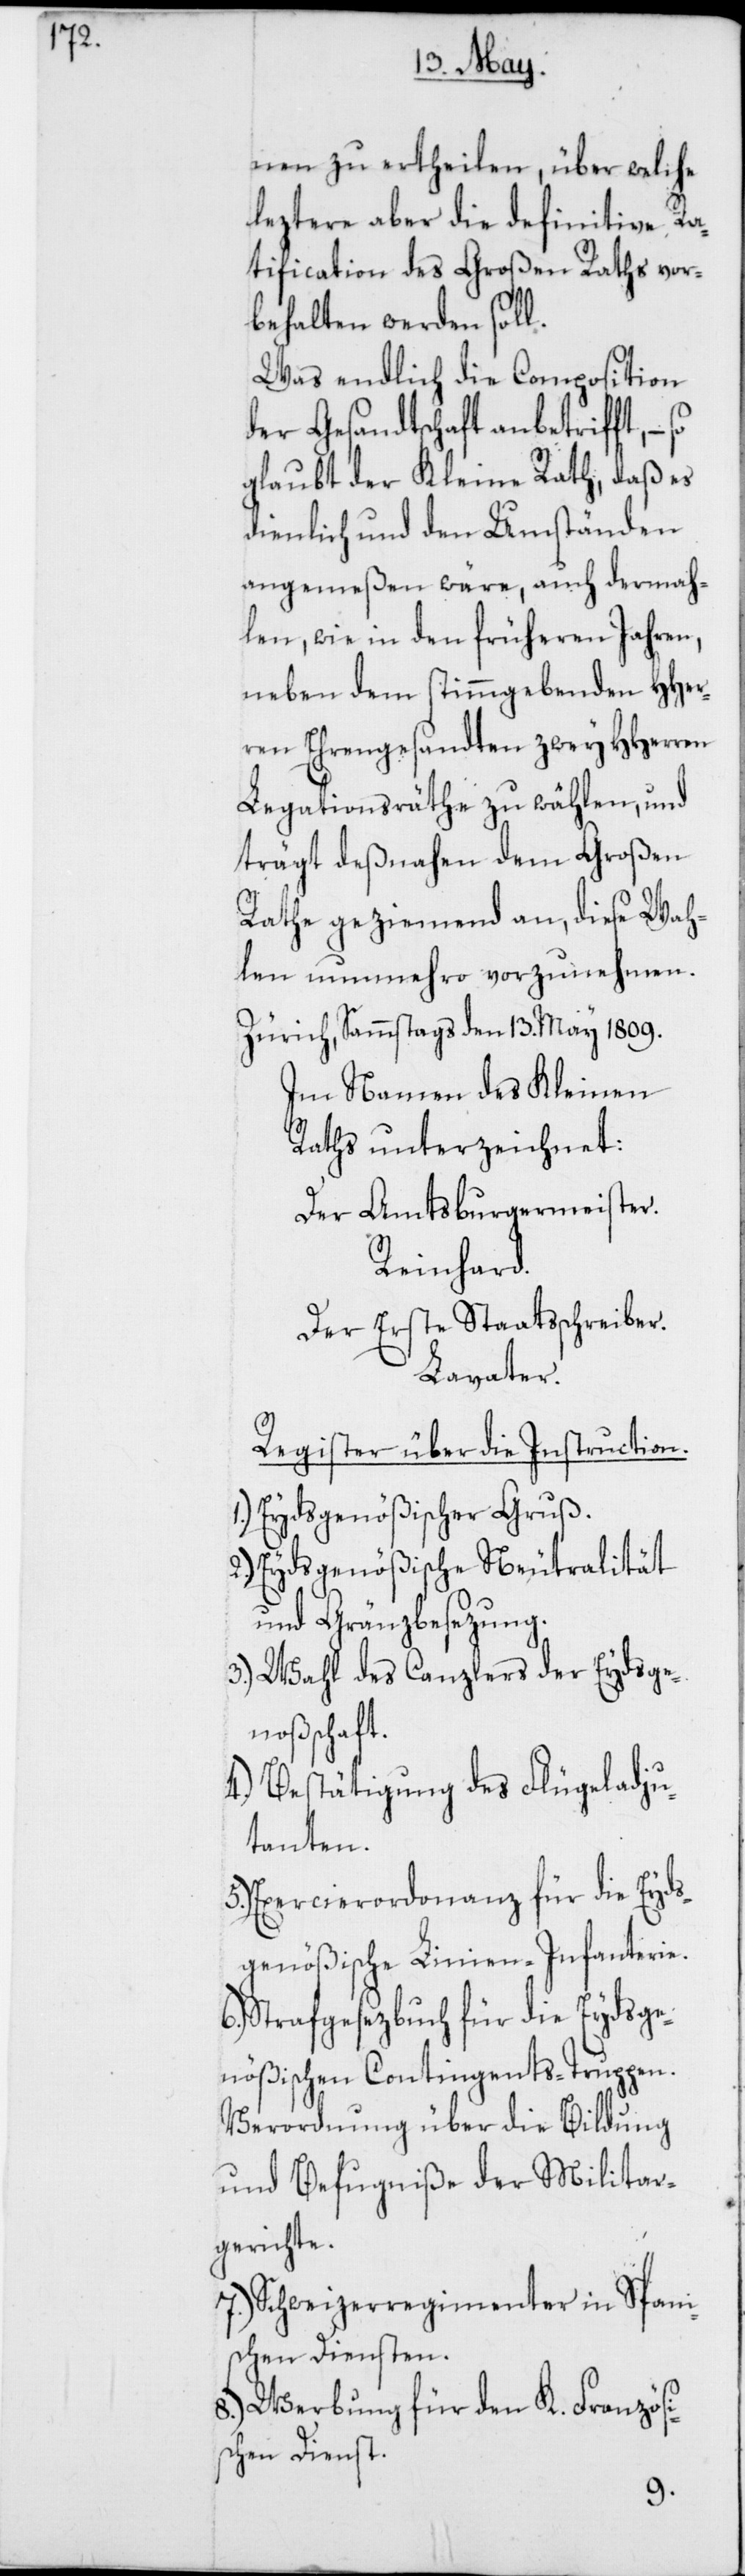
nen zu ertheilen, über welche
leztere aber die definitive Ra¬
tification des Großen Raths vor¬
behalten werden soll.
Was endlich die Composition
der Gesandtschaft anbetrifft, –
glaubt der Kleine Rath, daß es
dienlich und den Umständen
angemeßen wäre, auch dermah¬
len, wie in den früheren Jahren,
neben dem stimmgebenden HHer¬
ren Ehrengesandten zwey HHerren
Legationsräthe zu wählen, und
trägt deßnahen dem Großen
Rathe geziemend an, diese Wah¬
len nunmehro vorzunehmen.
Zürich, Sammstags den 13. May 1809.
Im Namen des Kleinen
Raths unterzeichnet:
Der Amtsburgermeister.
Reinhard.
Der erste Staatsschreiber.
Lavater.
Register über die Instruction.
Eydsgenößischer Gruß.
Eydsgenößische Neutralität
und Gränzbesetzung.
3.) Wahl des Canzlers der Eydsge¬
noßenschaft.
4.) Bestätigung des Flügeladju¬
tanten.
Exercierordonanz für die Eyds¬
genößische Linien-Infanterie.
Strafgesetzbuch für die Eydsge¬
nößischen Contingents-Truppen.
Verordnung über die Bildung
und Befugniße der Militar¬
gerichte.
7.) Schweizerregimenter in Spani¬
schen Diensten.
8.) Werbung für den K. Französi¬
schen Dienst.